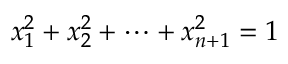
x _ { 1 } ^ { 2 } + x _ { 2 } ^ { 2 } + \cdots + x _ { n + 1 } ^ { 2 } = 1